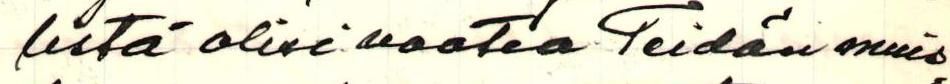
listä olisi vaatia Teidän muis=